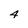
Character: 4